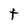
Character: t